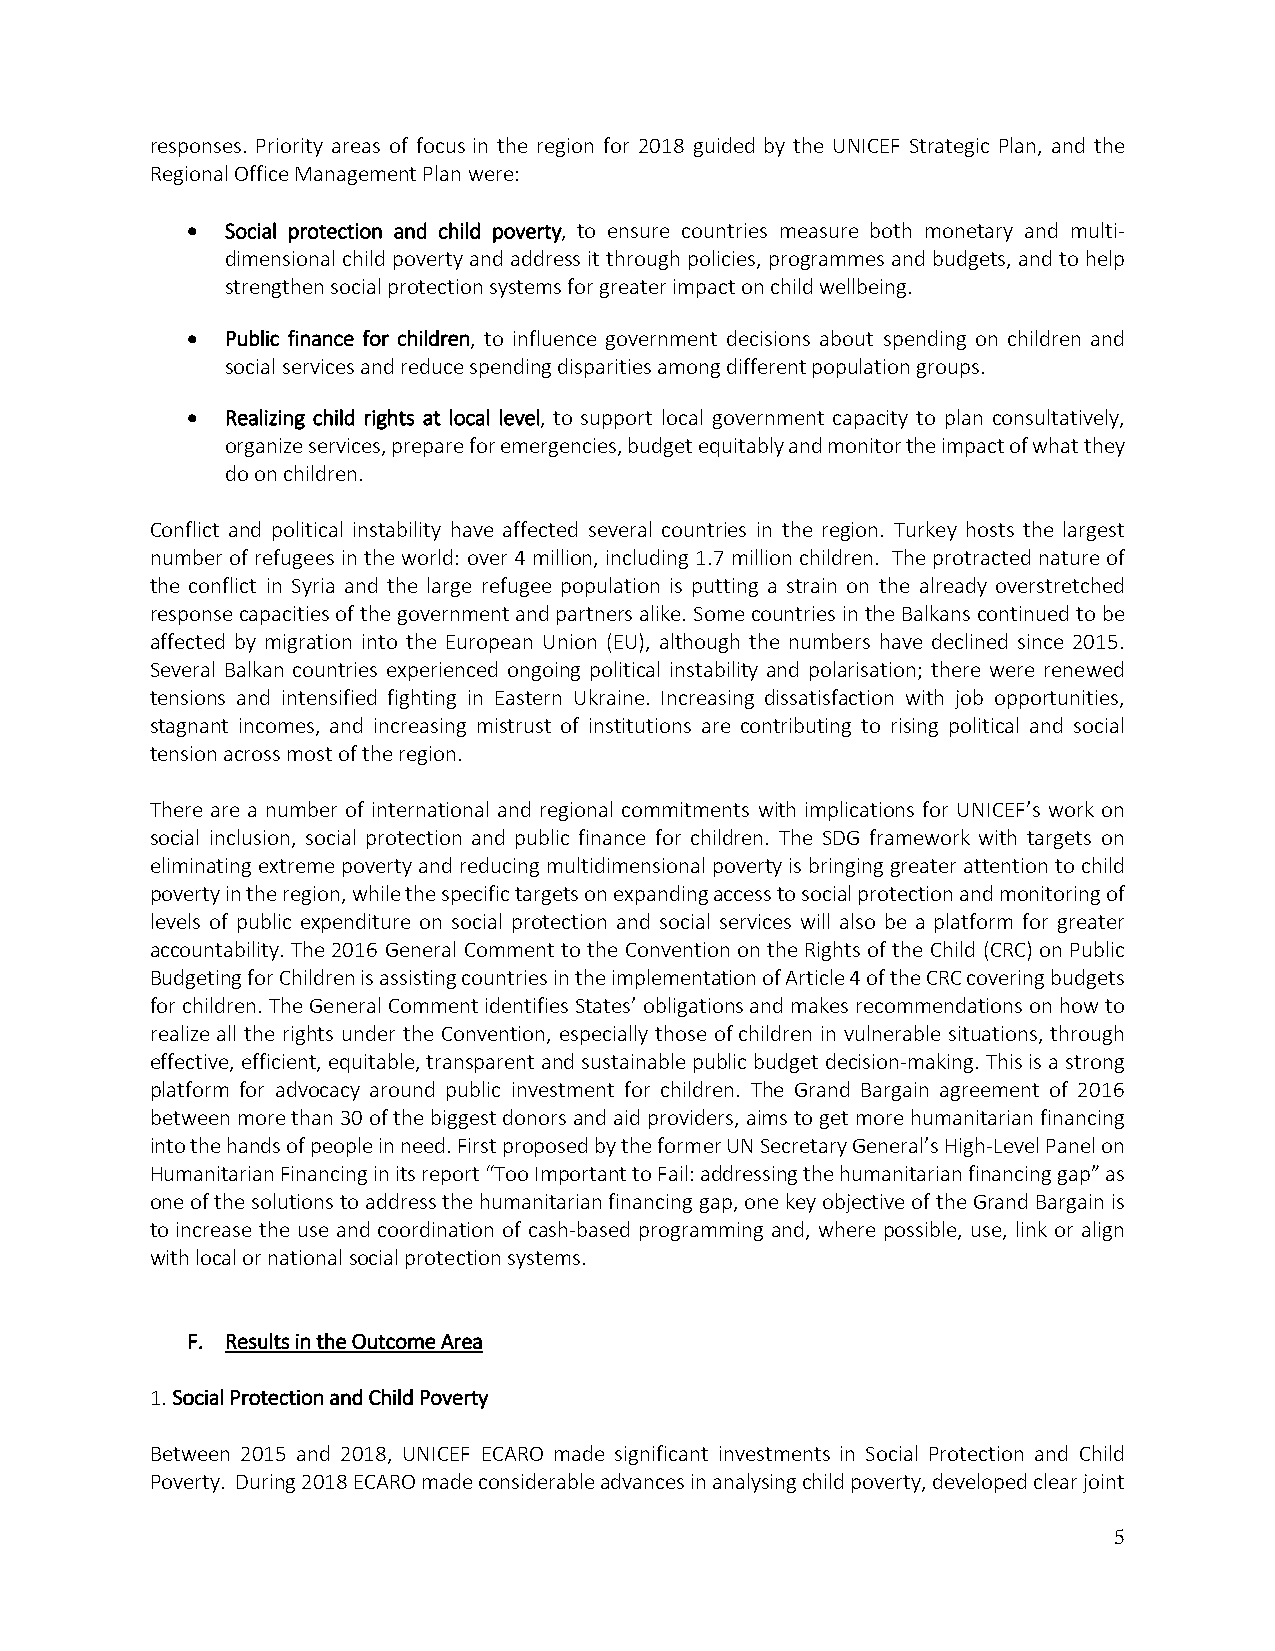
responses. Priority areas of focus in the region for 2018 guided by the UNICEF Strategic Plan, and the
 Regional Office Management Plan were:
   Social protection and child poverty, to ensure countries measure both monetary and multi‐
 dimensional child poverty and address it through policies, programmes and budgets, and to help
 strengthen social protection systems for greater impact on child wellbeing.
   Public finance for children, to influence government decisions about spending on children and
 social services and reduce spending disparities among different population groups.
   Realizing child rights at local level, to support local government capacity to plan consultatively,
 organize services, prepare for emergencies, budget equitably and monitor the impact of what they
 do on children.
 Conflict and political instability have affected several countries in the region. Turkey hosts the largest
 number of refugees in the world: over 4 million, including 1.7 million children. The protracted nature of
 the conflict in Syria and the large refugee population is putting a strain on the already overstretched
 response capacities of the government and partners alike. Some countries in the Balkans continued to be
 affected by migration into the European Union (EU), although the numbers have declined since 2015.
 Several Balkan countries experienced ongoing political instability and polarisation; there were renewed
 tensions and intensified fighting in Eastern Ukraine. Increasing dissatisfaction with job opportunities,
 stagnant incomes, and increasing mistrust of institutions are contributing to rising political and social
 tension across most of the region.
 There are a number of international and regional commitments with implications for UNICEF’s work on
 social inclusion, social protection and public finance for children. The SDG framework with targets on
 eliminating extreme poverty and reducing multidimensional poverty is bringing greater attention to child
 poverty in the region, while the specific targets on expanding access to social protection and monitoring of
 levels of public expenditure on social protection and social services will also be a platform for greater
 accountability. The 2016 General Comment to the Convention on the Rights of the Child (CRC) on Public
 Budgeting for Children is assisting countries in the implementation of Article 4 of the CRC covering budgets
 for children. The General Comment identifies States’ obligations and makes recommendations on how to
 realize all the rights under the Convention, especially those of children in vulnerable situations, through
 effective, efficient, equitable, transparent and sustainable public budget decision‐making. This is a strong
 platform for advocacy around public investment for children. The Grand Bargain agreement of 2016
 between more than 30 of the biggest donors and aid providers, aims to get more humanitarian financing
 into the hands of people in need. First proposed by the former UN Secretary General’s High‐Level Panel on
 Humanitarian Financing in its report “Too Important to Fail: addressing the humanitarian financing gap” as
 one of the solutions to address the humanitarian financing gap, one key objective of the Grand Bargain is
 to increase the use and coordination of cash‐based programming and, where possible, use, link or align
 with local or national social protection systems.
 F. Results in the Outcome Area
 1. Social Protection and Child Poverty
 Between 2015 and 2018, UNICEF ECARO made significant investments in Social Protection and Child
 Poverty. During 2018 ECARO made considerable advances in analysing child poverty, developed clear joint
 5